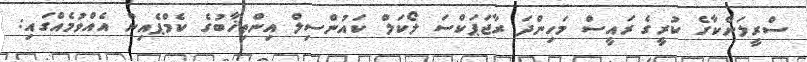
ސްރީލަންކާގެ ކުރީގެ ރައީސް މަހިންދަ ރާޖަޕަކްސަ ލޯކަލް ކައުންސިލް އިންތިޚާބުގެ ކެމްޕެއިން އެއްވުމެއްގައި: